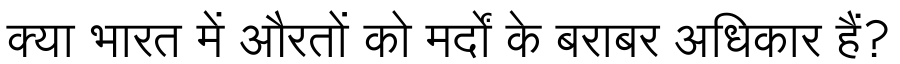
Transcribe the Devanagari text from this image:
क्या भारत में औरतों को मर्दों के बराबर अधिकार हैं?